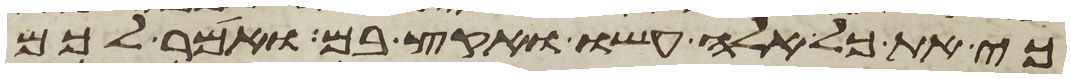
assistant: כי את כל אלה עשו ואקץ בם ואמר לכם